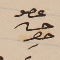
عضو حسن حصِر